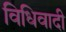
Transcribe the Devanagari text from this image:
विधिवादी